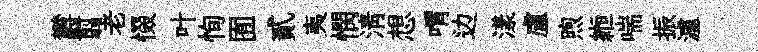
欝翦老惙叶恂囿貳夷憫清想喟边漾盧煦縆喘振瀘